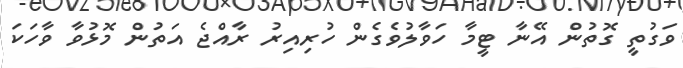
ވަގުތީ ގޮތުން އޭނާ ޓީމާ ހަވާލުވެގެން ހުރިއިރު ރާއްޖެ އަތުން މޮޅުވާ ވާހަކަ